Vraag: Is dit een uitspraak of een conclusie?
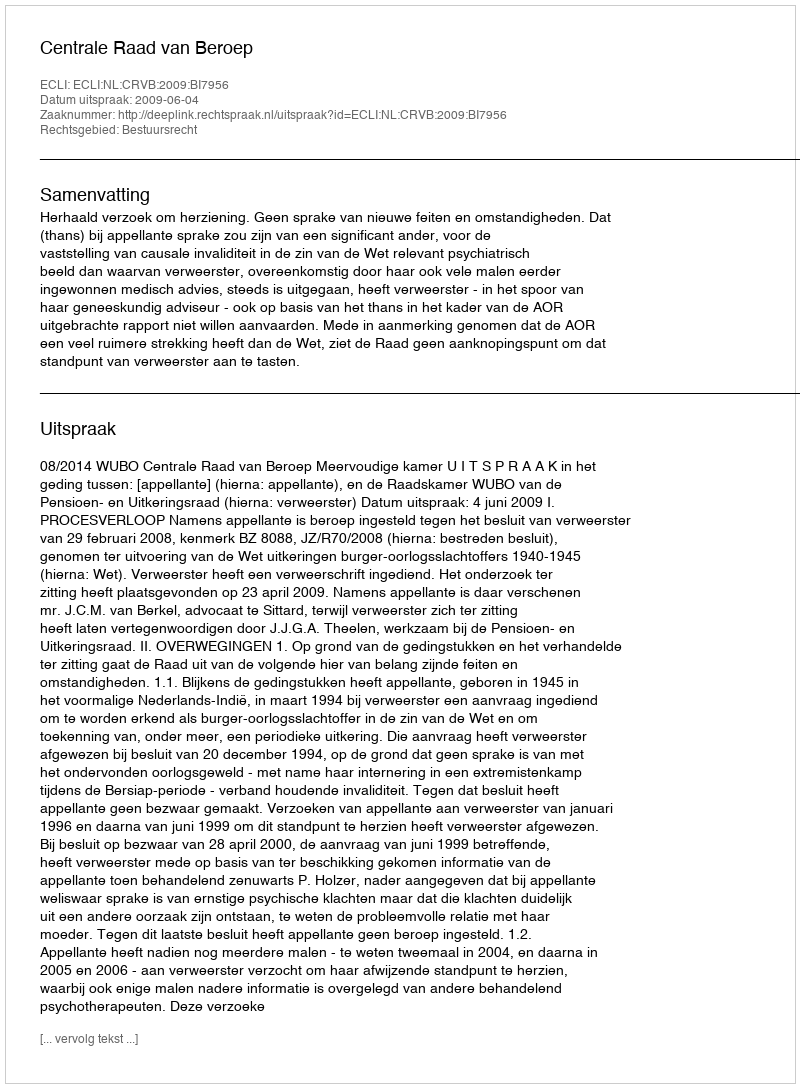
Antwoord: Uitspraak